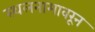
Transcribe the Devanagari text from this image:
स्थलनामावरून